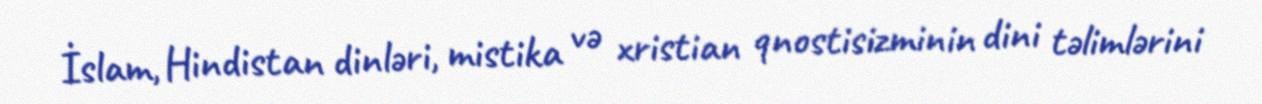
İslam, Hindistan dinləri, mistika və xristian qnostisizminin dini təlimlərini